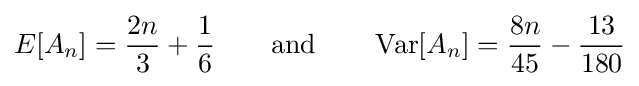
E[A_{n}]={\frac {2n}{3}}+{\frac {1}{6}}\qquad {\text{and}}\qquad \operatorname {Var} [A_{n}]={\frac {8n}{45}}-{\frac {13}{180}}